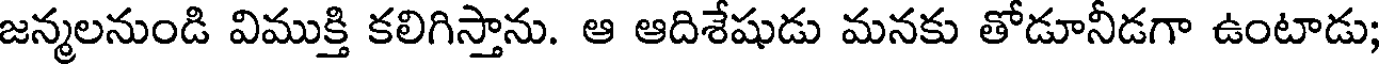
జన్మలనుండి విముక్తి కలిగిస్తాను. ఆ ఆదిశేషుడు మనకు తోడూనీడగా ఉంటాడు;